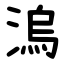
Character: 溩